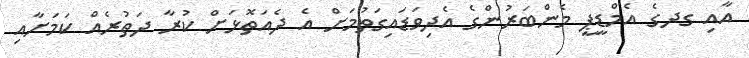
އާއި ގދގެ އެމްޑީޕީ މެންބަރުންގެ އެދިވަޑައިގަތުމަށް އެ ދެއަތޮޅަށް ކުރާ ދަތުރެއް ކަމަށާއި